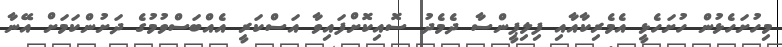
މިހުށަހެޅުން ހުށަހެޅީ އެމެރިކާއާއި ފިލިޕީންސާ ދެމެދު ސޮއިކޮށްފައިވާ އަސްކަރީ އެއްބަސްވުމުގެ ދަށުންކަމަށް އޭނާ